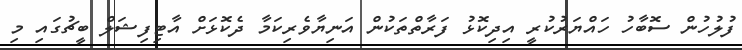
ފުލުހުން ސޮބާހު ހައްޔަރުކުރީ އިދިކޮޅު ފަރާތްތަކުން އަނިޔާވެރިކަމާ ދެކޮޅަށް އާޓިފިޝަލް ބީޗުގައި މި